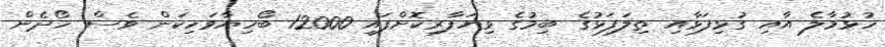
ހުޅުމާލެ އާއި ގުޅިފަޅާއި ތިލަފަޅުގެ ބިމުގެ ވިޔަފާރިކޮށްފައި 12000 ބޯހިޔާވަހިކަން ވެސް ހޯދެން